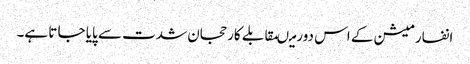
انفارمیشن کے اس دورمیںمقابلے کارحجان شدت سے پایا جا تا ہے۔